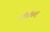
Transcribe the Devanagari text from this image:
दीर्घवत्‌